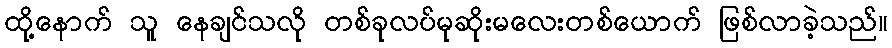
ထို့နောက် သူ နေချင်သလို တစ်ခုလပ်မုဆိုးမလေးတစ်ယောက် ဖြစ်လာခဲ့သည်။